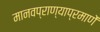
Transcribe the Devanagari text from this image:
मानवप्राण्याप्रमाणें